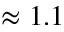
\approx 1 . 1